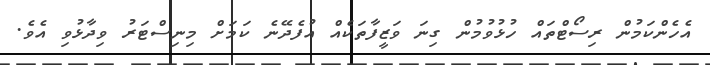
އެހެންކަމުން ރިސޯޓްތައް ހުޅުވުމުން ގިނަ ވަޒީފާތަކެއް އުފެދޭނެ ކަމަށް މިނިސްޓަރު ވިދާޅުވި އެވެ.